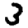
Digit: 3